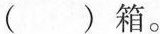
()箱。